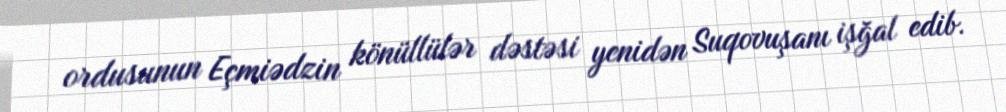
ordusunun Eçmiədzin könüllülər dəstəsi yenidən Suqovuşanı işğal edib.